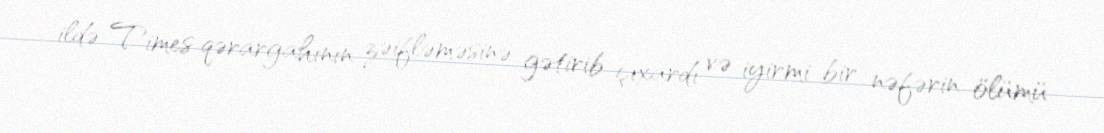
ildə Times qərargahının zəifləməsinə gətirib çıxardı və iyirmi bir nəfərin ölümü